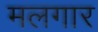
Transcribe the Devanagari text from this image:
मलगार